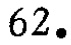
$62.$